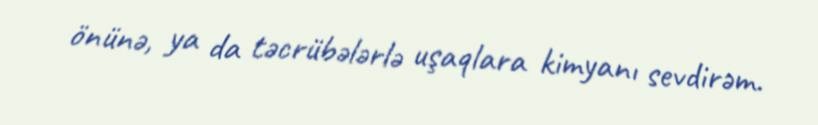
önünə, ya da təcrübələrlə uşaqlara kimyanı sevdirəm.